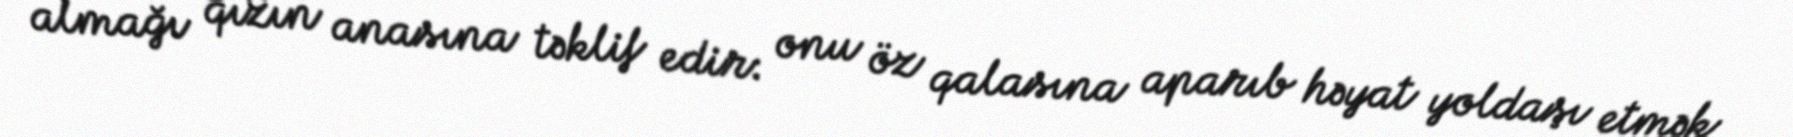
almağı qızın anasına təklif edir: onu öz qalasına aparıb həyat yoldaşı etmək